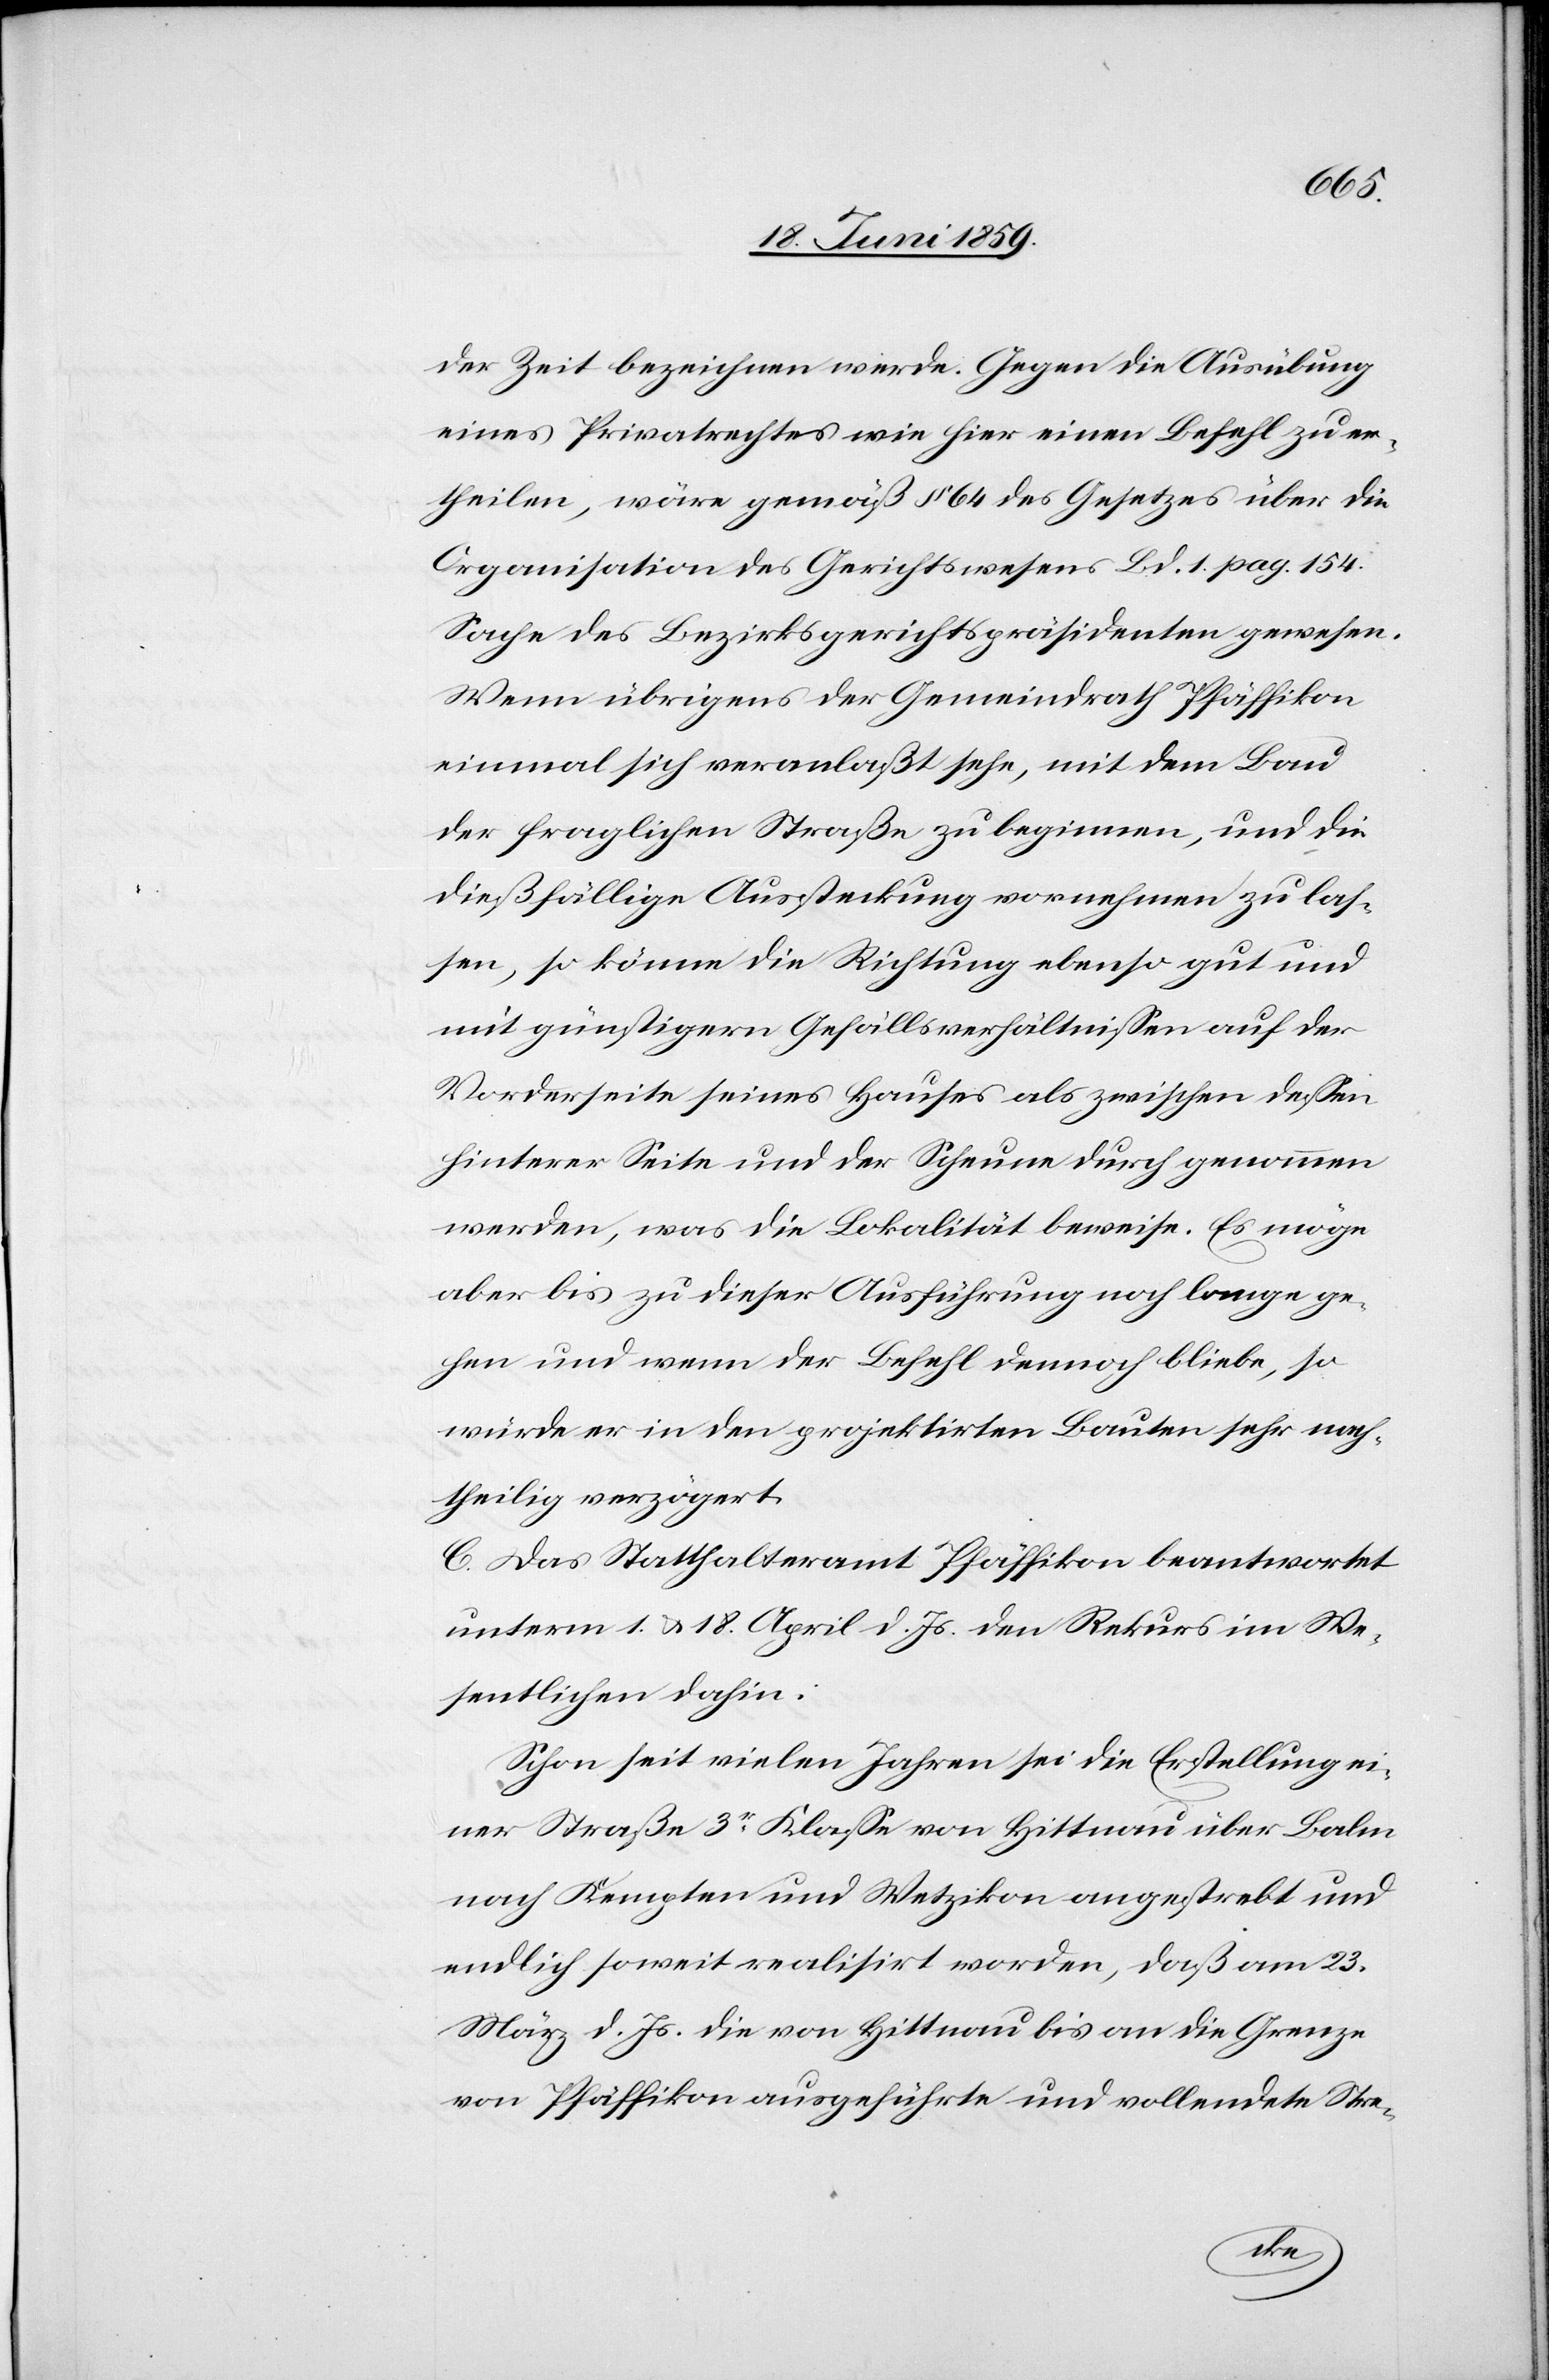
der Zeit bezeichnen werde. Gegen die Ausübung
eines Privatrechtes wie hier einen Befehl zu er¬
theilen, wäre gemäß § 64 des Gesetzes über die
Organisation des Gerichtswesens Bd. 1 pag. 154
Sache des Bezirksgerichtspräsidenten gewesen.
Wenn übrigens der Gemeindrath Pfäffikon
einmal sich veranlaßt sehe, mit dem Bau
der fraglichen Straße zu beginnen, und die
dießfällige Aussteckung vornehmen zu las¬
sen, so könne die Richtung ebenso gut und
mit günstigern Gefällsverhältnissen auf der
Vorderseite seines Hauses als zwischen dessen
hinterer Seite und der Scheune durch genommen
werden, was die Lokalität beweise. Es möge
aber bis zu dieser Ausführung noch lange ge¬
hen und wenn der Befehl dennoch bliebe, so
würde er in den projektirten Bauten sehr nach¬
theilig verzögert.
C. Das Statthalteramt Pfäffikon beantwortet
unterm 1. u. 18. April d. Js. den Rekurs im We¬
sentlichen dahin:
Schon seit vielen Jahren sei die Erstellung ei¬
ner Straße 3er Klasse von Hittnau über Balm
nach Kempten und Wetzikon angestrebt und
endlich soweit realisirt worden, daß am 23.
März d. Js. die von Hittnau bis an die Grenze
von Pfäffikon ausgeführte und vollendete Stre-